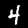
Label: 4